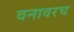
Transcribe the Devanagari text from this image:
वनावरच